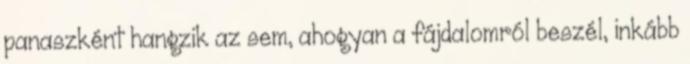
panaszként hangzik az sem, ahogyan a fájdalomról beszél, inkább